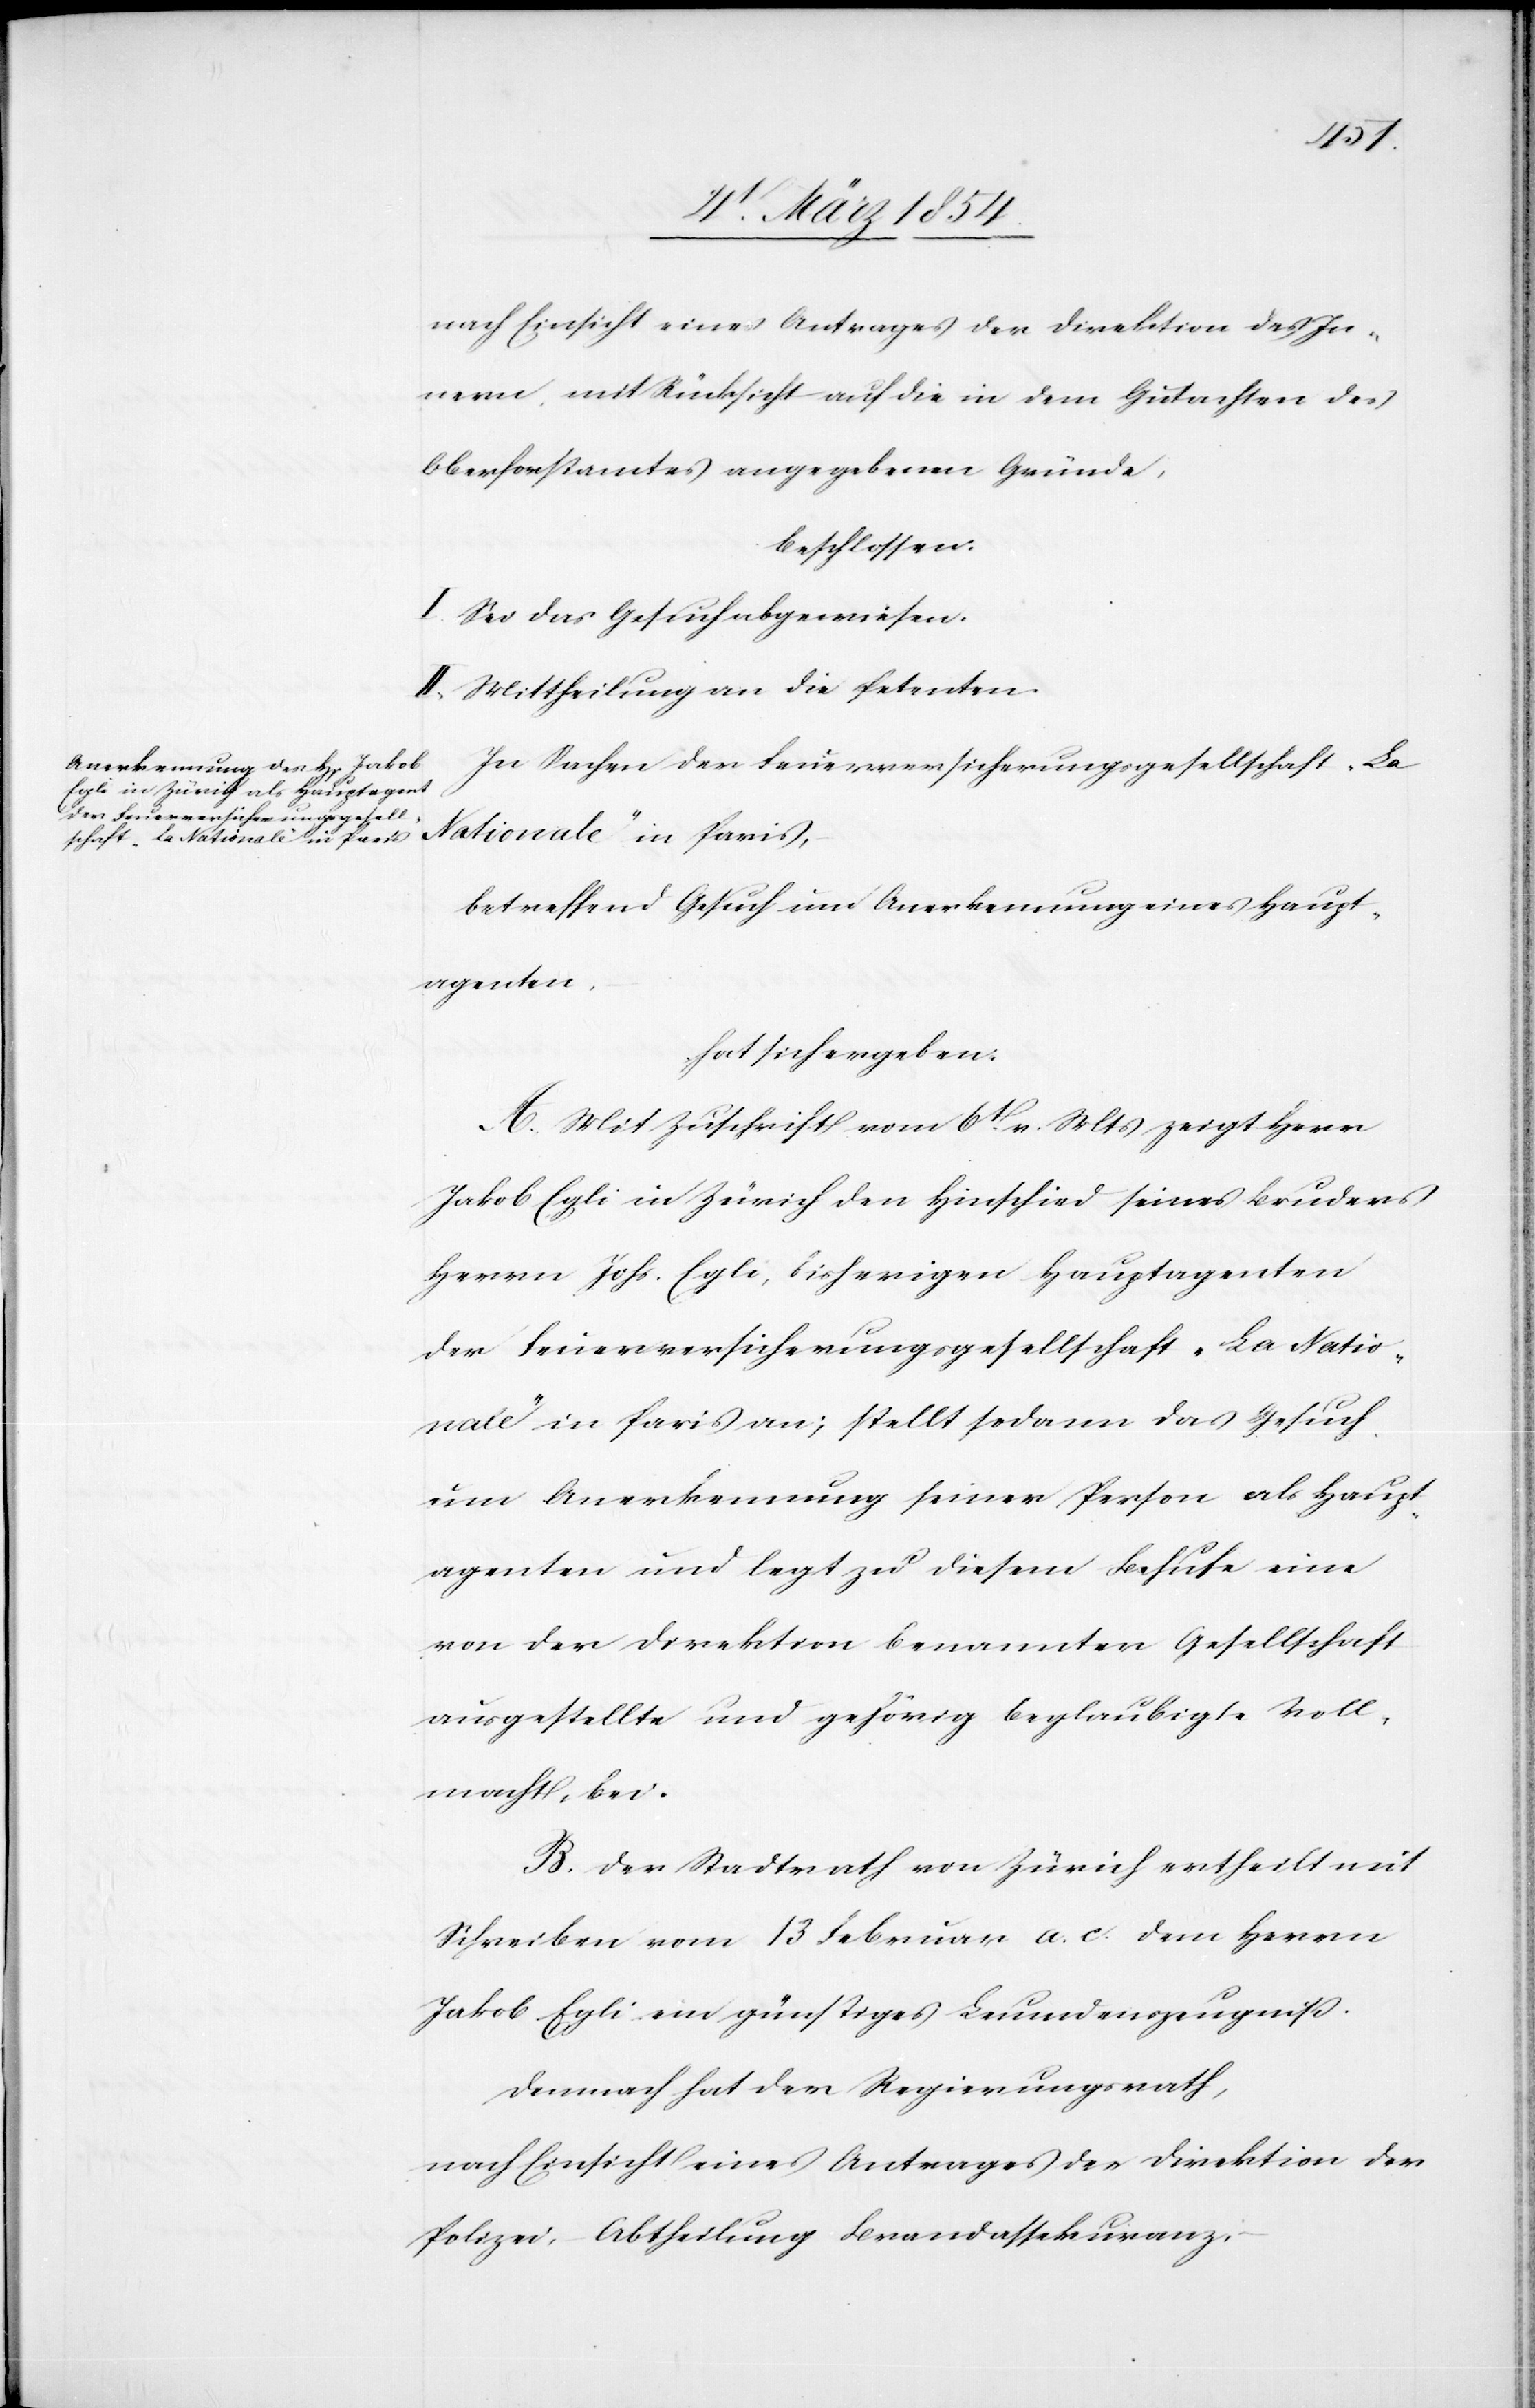
–

nach Einsicht eines Antrages der Direktion des In¬
nern, mit Rücksicht auf die in dem Gutachten des
Oberforstamtes angegebenen Gründe,
beschlossen.
I. Sei das Gesuch abgewiesen.
II. Mittheilung an die Petenten.
In Sachen der Feuerversicherungsgesellschaft „La
betreffend Gesuch um Anerkennung eines Haupt¬
agenten,
hat sich ergeben:
A. Mit Zuschrift vom 6t v. Mts zeigt Herr
Jakob Egli in Zürich den Hinschied seines Bruders
Herrn Johs. Egli, bisherigen Hauptagenten
der Feuerversicherungsgesellschaft „La Natio¬
nale“ in Paris an; stellt sodann das Gesuch
um Anerkennung seiner Person als Haupt¬
agenten und legt zu diesem Behufe eine
von der Direktion der benannten Gesellschaft
ausgestellte und gehörig beglaubigte Voll¬
macht bei.
B. Der Stadtrath von Zürich ertheilt mit
Schreiben vom 13 Februar a. c. dem Herrn
Jakob Egli ein günstiges Leumundszeugniß.
Demnach hat der Regierungsrath,
nach Einsicht eines Antrages der Direktion der
Polizei, – Abtheilung Brandassekuranz,